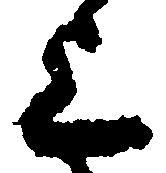
上